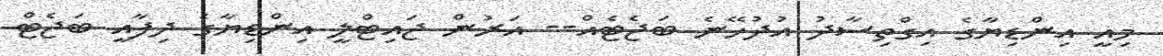
މިއީ އިންޑިޔާގެ އިގްތިސާދު އުދުހޭނެ ބަޖެޓެއް-- އަރުން ޖައިޓްލީ އިންޑިޔާގެ ދިފާއީ ބަޖެޓް